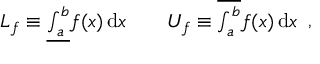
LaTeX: { \begin{array} { r l } { L _ { f } \equiv { \underline { { \int _ { a } ^ { b } } } } f ( x ) \, \mathrm { d } x } & { { } \quad U _ { f } \equiv { \overline { { \int _ { a } ^ { b } } } } f ( x ) \, \mathrm { d } x } \end{array} } ,